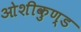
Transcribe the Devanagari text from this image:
ओशीकुण्ड